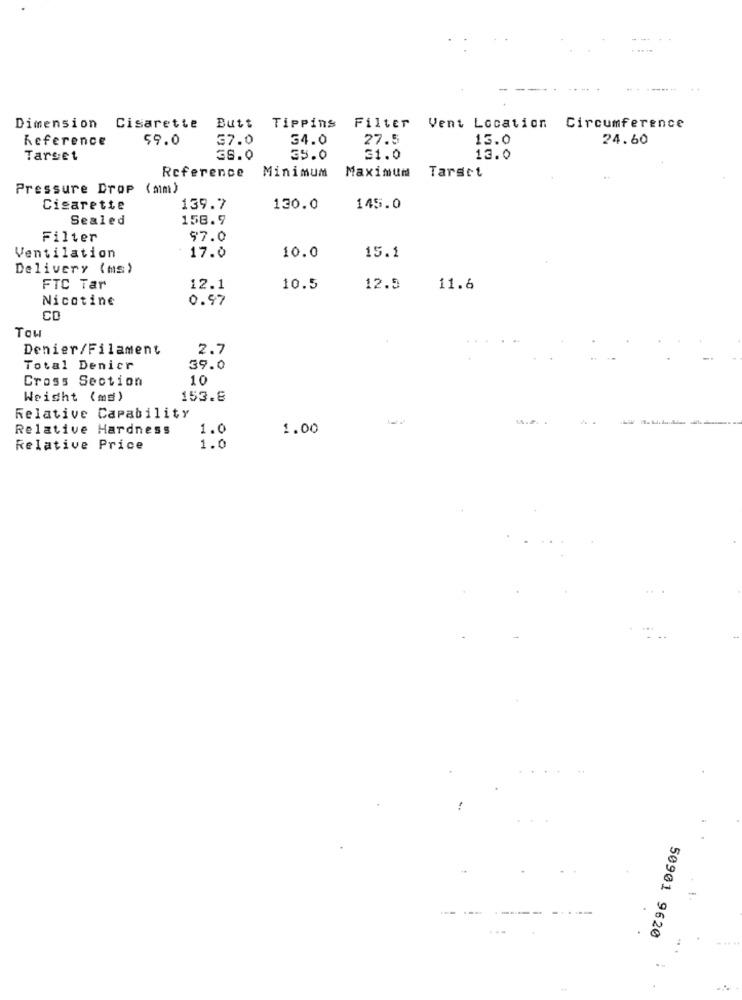
Dimension Cisarette Butt Tippins Filter Vent Location
Circumference
Reference
$9.0
37.0
34.0
27.5
13.0
24.60
Tarset
36.0
35.0
31.0
13.0
Target
Reference
Minimum
Maximum
Pressure Drop (mm)
Cigarette
139.7
130.0
145.0
Sealed
158.9
Filter
$7.0
Ventilation
17.0
10.0
15.1
Delivery (ms)
FTC Tar
12.1
10.5
12.5
11.6
Nicotine
0.97
CO
Tow
Denier/Filament
2.7
Total Denicr
39.0
Cross Section
10
Weight (ms)
153.8
Relative Capability
-.....
Relative Hardness
1.0
1.00
Relative Price
1.0
-
50901 9620